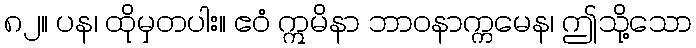
၈၂။ ပန၊ ထိုမှတပါး။ ဧဝံ ဣမိနာ ဘာဝနာက္ကမေန၊ ဤသို့သော